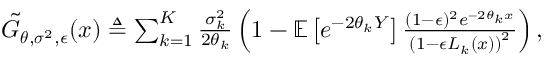
\begin{array} { r } { \tilde { G } _ { \boldsymbol { \theta } , \boldsymbol { \sigma } ^ { 2 } , \epsilon } ( x ) \triangleq \sum _ { k = 1 } ^ { K } \frac { \sigma _ { k } ^ { 2 } } { 2 \theta _ { k } } \left( 1 - { \mathbb { E } } \left[ e ^ { - 2 \theta _ { k } Y } \right] \frac { ( 1 - \epsilon ) ^ { 2 } e ^ { - 2 \theta _ { k } x } } { \left( 1 - \epsilon L _ { k } ( x ) \right) ^ { 2 } } \right) , } \end{array}